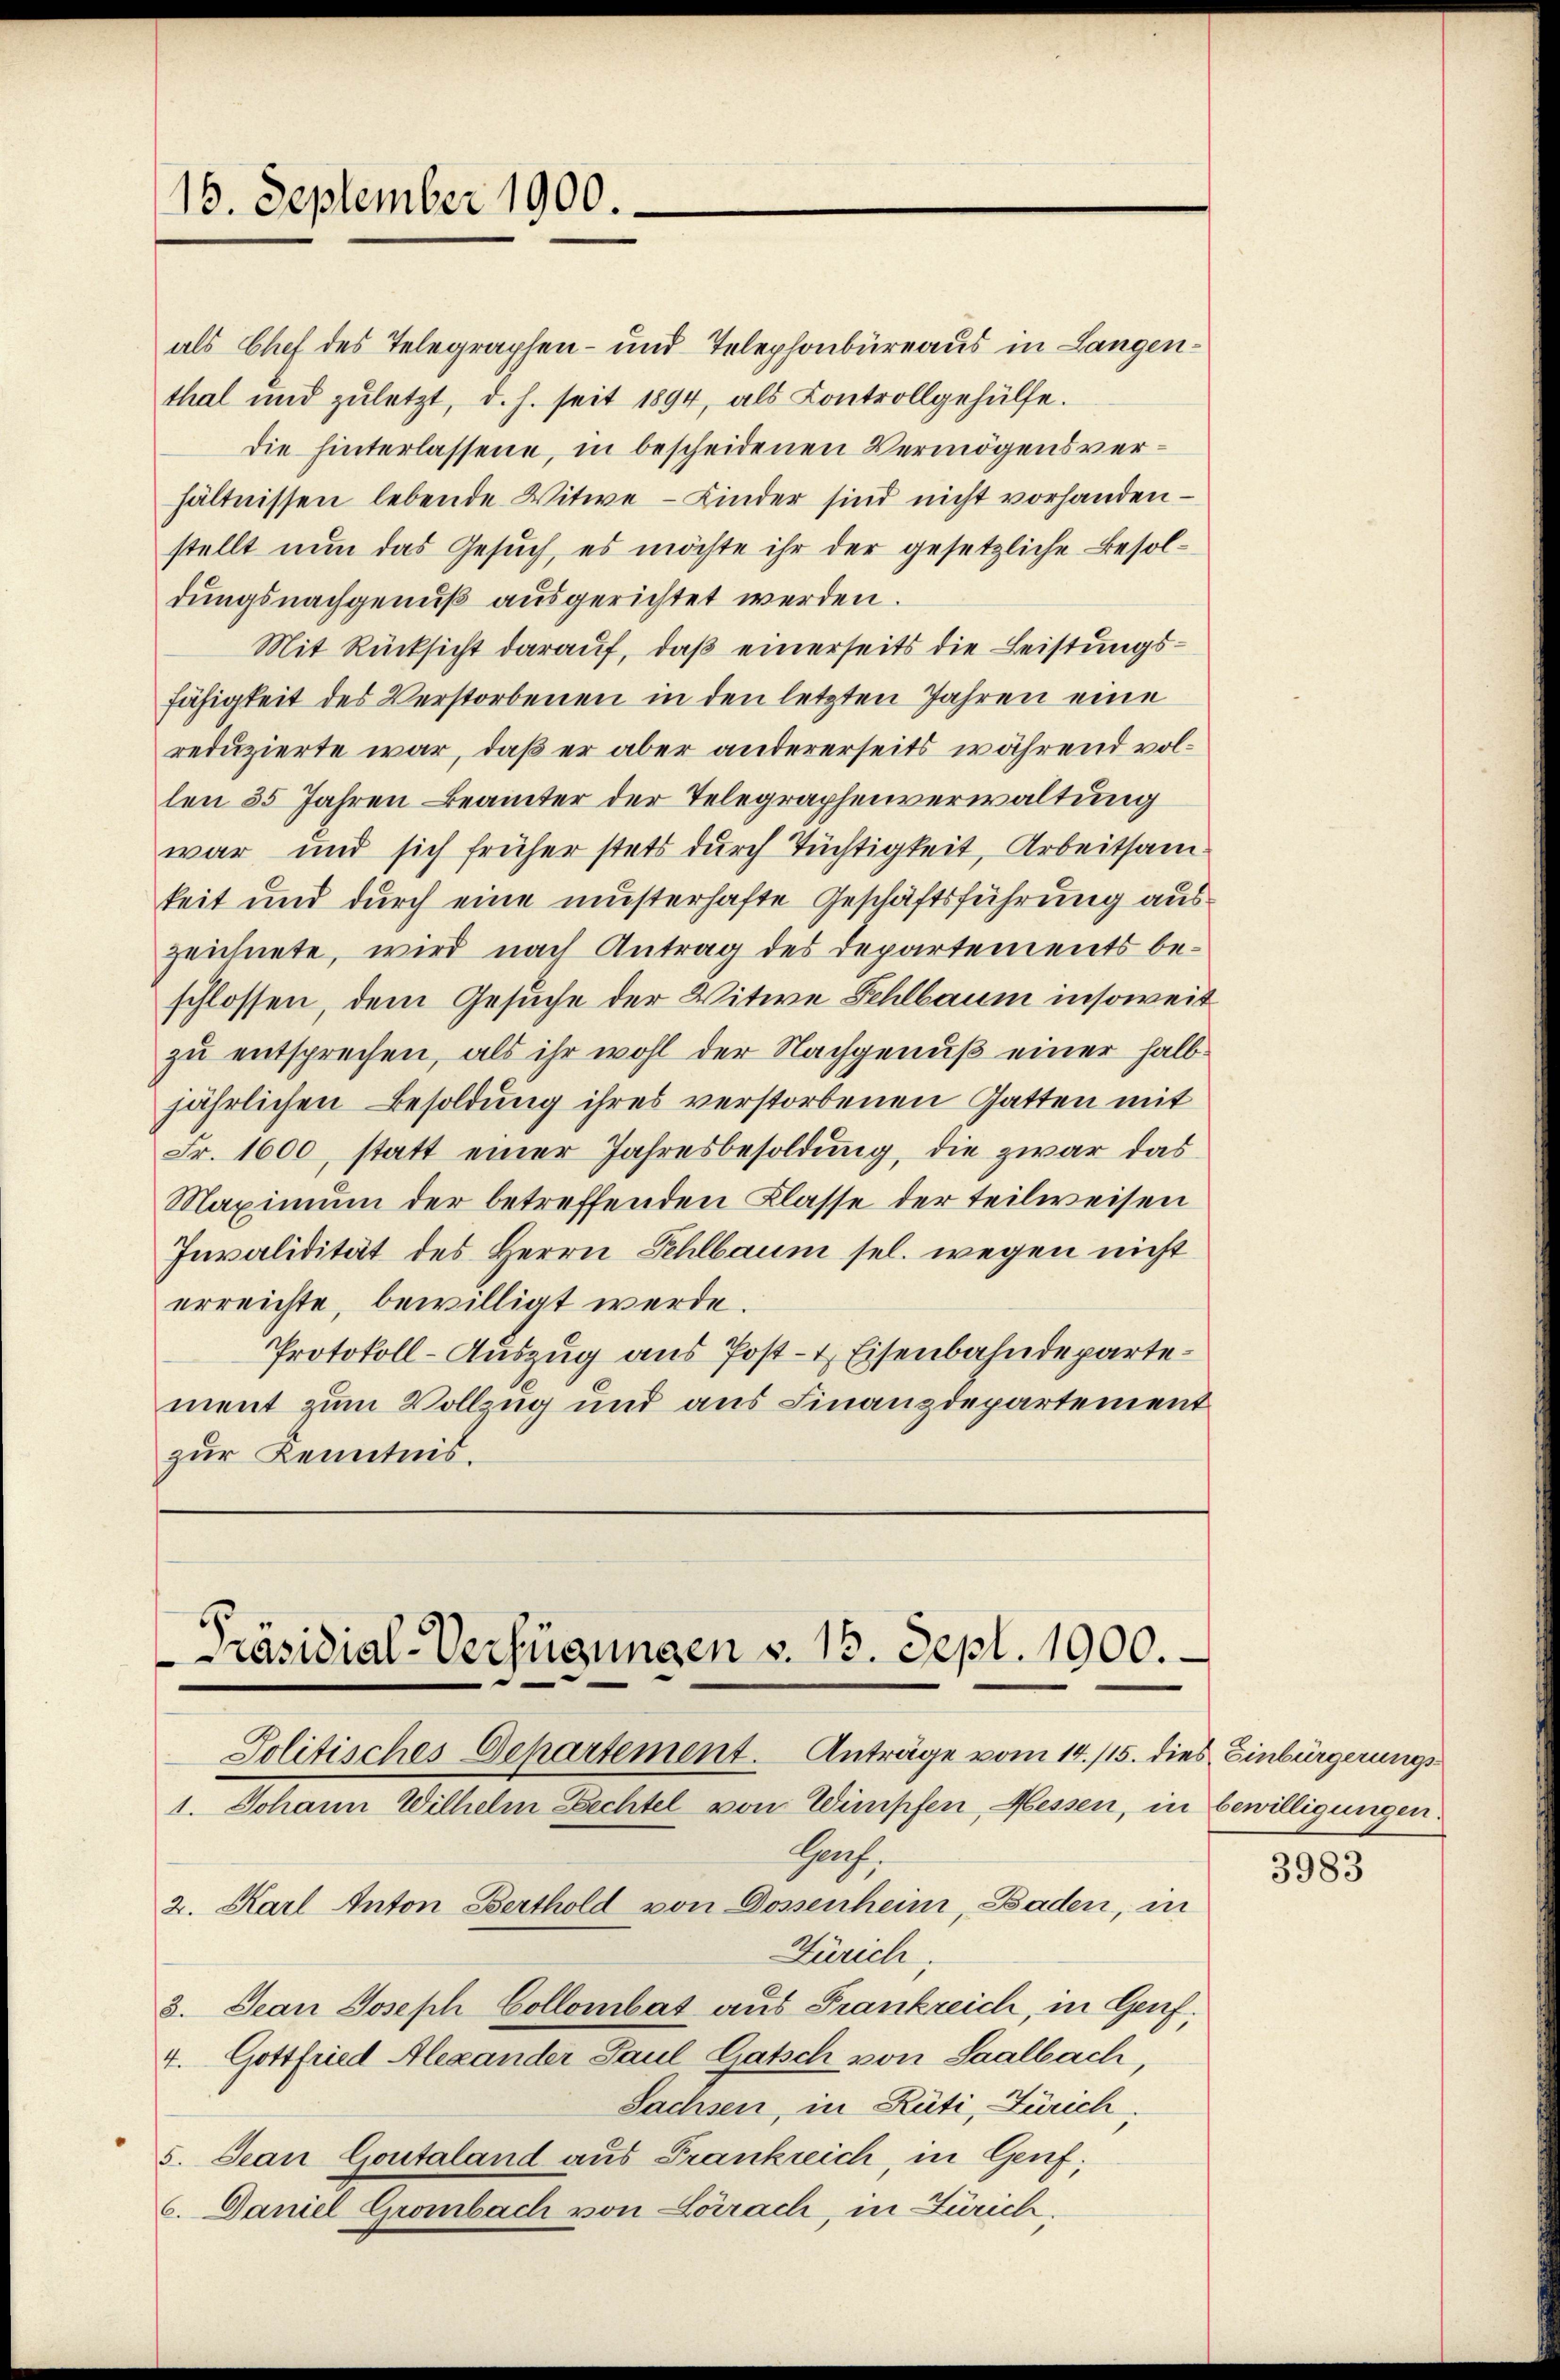
15. September 1900.

als Chef des Telegraphen- und Telephonbüreaus in Langenthal und zuletzt, d. h. seit 1894, als Controllgehülfe.
die hinterlassene, in bescheidenen Vermögensverhältnissen lebende Witwe Kinder sind nicht vorhanden
stellt nun das Gesŭch, es möchte ihr der gesetzliche Besoldungsnachgenuß ausgerichtet werden.
Mit Rücksicht darauf, daß einerseits die Leistungsfähigkeit des Verstorbenen in den letzten Jahren eine
reduzierte war, daß er aber andererseits während vollen 35 Jahren Beamter der Telegraphenverwaltung
war und sich früher stets durch Tüchtigkeit, Arbeitsam
keit und durch eine musterhafte Geschäftsführung aus
zeichnete, wird nach Antrag des Departements beschlossen, dem Gesuche der Witwe Fehlbaum insoweit
zu entsprechen, als ihr wohl der Nachgenuß einer halbjährlichen Besoldung ihres verstorbenen Gatten mit
Fr. 1600, statt einer Jahresbesoldung, die zwar das
Maximum der betreffenden Klasse der teilweisen
Invalidität des Herrn Fehlbaum sel. wegen nicht
erreichte, bewilligt werde.
Protokoll-Auszug aus Post- & Eisenbahndepartement zum Vollzug und aus Finanzdepartement
zur Kenntnis.

Präsidial-Verfügungen v. 18. Sept. 1900.
Politisches Departement. Anträge vom 14./15. dies Einbürgerungs¬
1. Johann Wilhelm Bechtel von Wimpfen, Messen, in bewilligungen.

Rath,
2. Karl Anton Berthold von Dossenheim, Baden, in
Zürich,
8. Jean Joseph Collombat aus Frankreich, in Genf;
4. Gottfried Alexander Paul Gatsch von Saalbach,
Sachsen, in Rüti, Zürich,
5. Jean Goutaland aus Frankreich, in Genf,
C. Daniel Grombach von Lörrach, in Zürich,

3983